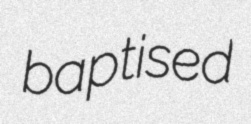
baptised